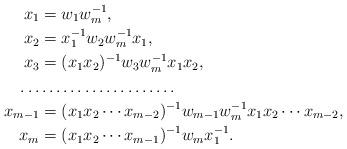
LaTeX: \begin{align*}x_1&=w_1w_m^{-1},\\x_2&=x_1^{-1}w_2w_m^{-1}x_1,\\x_3&=(x_1x_2)^{-1}w_3w_m^{-1}x_1x_2,\\\ldots&\hbox to 3.5cm{\dotfill}\\x_{m-1}&=(x_1x_2\cdots x_{m-2})^{-1}w_{m-1}w_m^{-1}x_1x_2\cdots x_{m-2},\\x_m&=(x_1x_2\cdots x_{m-1})^{-1}w_mx_1^{-1}.\end{align*}